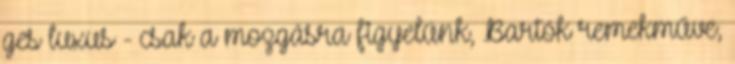
ges luxus - csak a mozgásra figyelünk, Bartók remekműve,